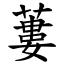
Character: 蔞